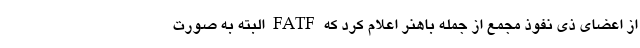
از اعضای ذی نفوذ مجمع از جمله باهنر اعلام کرد که FATF البته به صورت